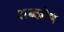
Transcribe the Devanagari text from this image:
शब्कोष